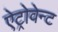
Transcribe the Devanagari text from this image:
ऐट्रोवेन्ट